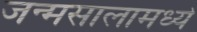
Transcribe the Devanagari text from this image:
जन्मसालामध्ये